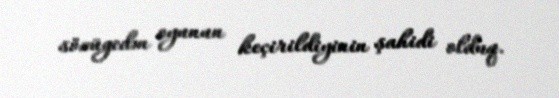
sözügedən oyunun keçirildiyinin şahidi olduq.